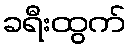
ခရီးထွက်